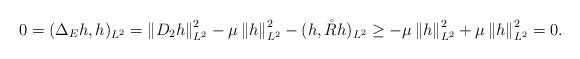
LaTeX: \begin{align*}0=(\Delta_Eh,h)_{L^2}&=\left\|D_2 h\right\|^2_{L^2}-\mu \left\| h\right\|_{L^2}^2-(h,\mathring{R}h)_{L^2} \geq-\mu\left\| h\right\|_{L^2}^2+\mu\left\| h\right\|_{L^2}^2=0. \end{align*}